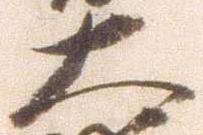
大